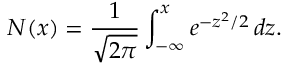
N ( x ) = { \frac { 1 } { \sqrt { 2 \pi } } } \int _ { - \infty } ^ { x } e ^ { - z ^ { 2 } / 2 } \, d z .